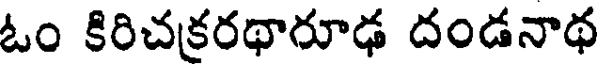
ఓం కిరిచక్రరథారూఢ దండనాథ